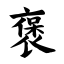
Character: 褒